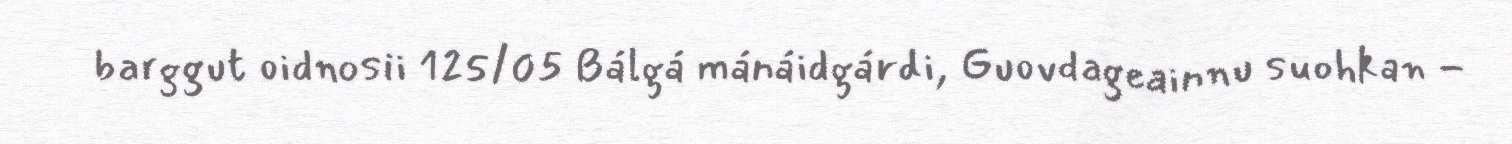
barggut oidnosii 125/05 Bálgá mánáidgárdi, Guovdageainnu suohkan -